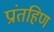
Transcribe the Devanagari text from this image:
प्रांतहिण